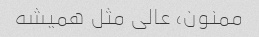
ممنون، عالی مثل همیشه